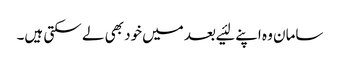
سامان وہ اپنے لئیے بعد میں‌خود بھی لے سکتی ہیں۔